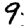
Digit: 9